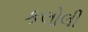
કલોલી